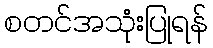
စတင်အသုံးပြုရန်